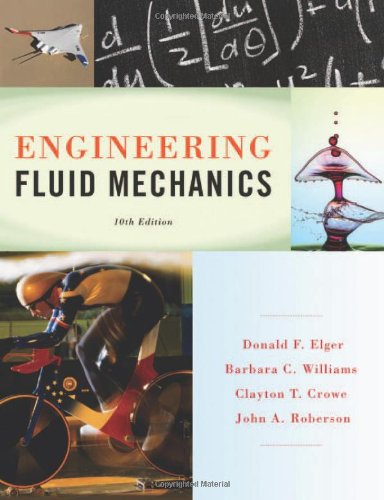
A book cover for Engineering Fluid Mechanics; Donald F. Elger; Science & Math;